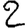
Digit: 2